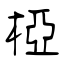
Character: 椏